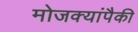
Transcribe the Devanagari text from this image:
मोजक्यांपैकी